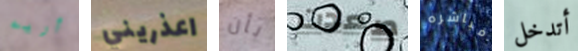
أريه اعذريني بأن صعدت مباشره أتدخل